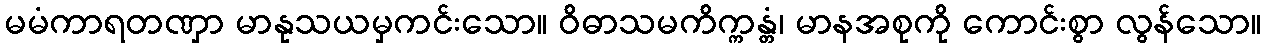
မမံကာရတဏှာ မာနုသယမှကင်းသော။ ဝိဓာသမကိက္ကန္တံ၊ မာနအစုကို ကောင်းစွာ လွန်သော။